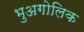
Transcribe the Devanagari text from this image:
भुअगोलिक